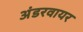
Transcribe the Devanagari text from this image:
अंडरवायर